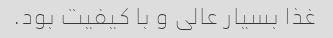
غذا بسیار عالی و با کیفیت بود.